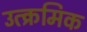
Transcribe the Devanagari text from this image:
उत्क्रमिक